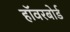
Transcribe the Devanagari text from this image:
हॉवरबोर्ड